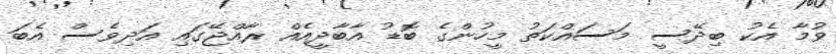
ވުމާ އެކު ބިދޭސީ މަސައްކަތު މީހުންގެ ބޮޑު އާބާދީއެއް ރާއްޖޭގައި އަދިވެސް އެބަ